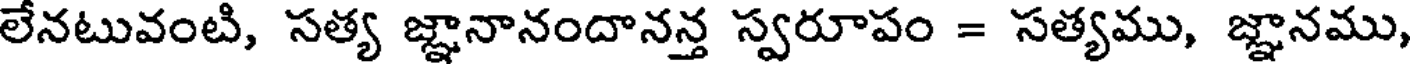
లేనటువంటి, సత్య జ్ఞానానందానన్త స్వరూపం = సత్యము, జ్ఞానము,